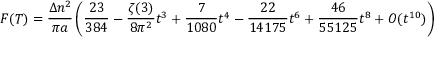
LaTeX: F ( T ) = \frac { \Delta n ^ { 2 } } { \pi a } \left( \frac { 2 3 } { 3 8 4 } - \frac { \zeta ( 3 ) } { 8 \pi ^ { 2 } } t ^ { 3 } + \frac { 7 } { 1 0 8 0 } t ^ { 4 } - \frac { 2 2 } { 1 4 1 7 5 } t ^ { 6 } + \frac { 4 6 } { 5 5 1 2 5 } t ^ { 8 } + { \cal O } ( t ^ { 1 0 } ) \right)